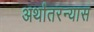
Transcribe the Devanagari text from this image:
अर्थांतरन्यास